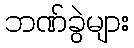
ဘဏ်ခွဲများ